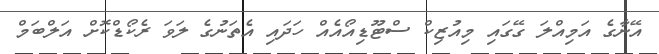
އޭނާގެ އަމިއްލަ ގޭގައި މިއުޒިކް ސްޓޫޑިއޯއެއް ހަދައި އެތަނުގެ ލަވަ ރެކޯޑްކޮށް އަލްބަމް